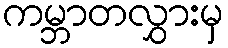
ကမ္ဘာတလွှားမှ